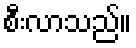
စီးလာသည်။